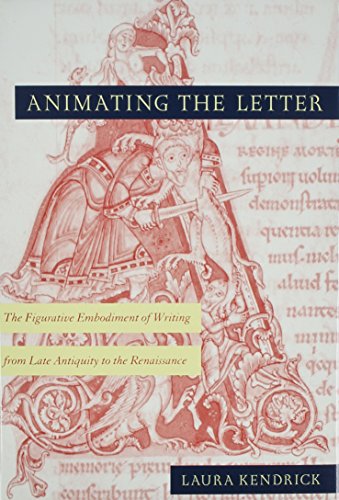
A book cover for Animating the letter: The figurative embodiment of writing from late antiquity to the Renaissance; Laura Kendrick; Arts & Photography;